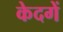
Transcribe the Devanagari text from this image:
केदगें